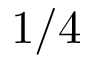
1 / 4